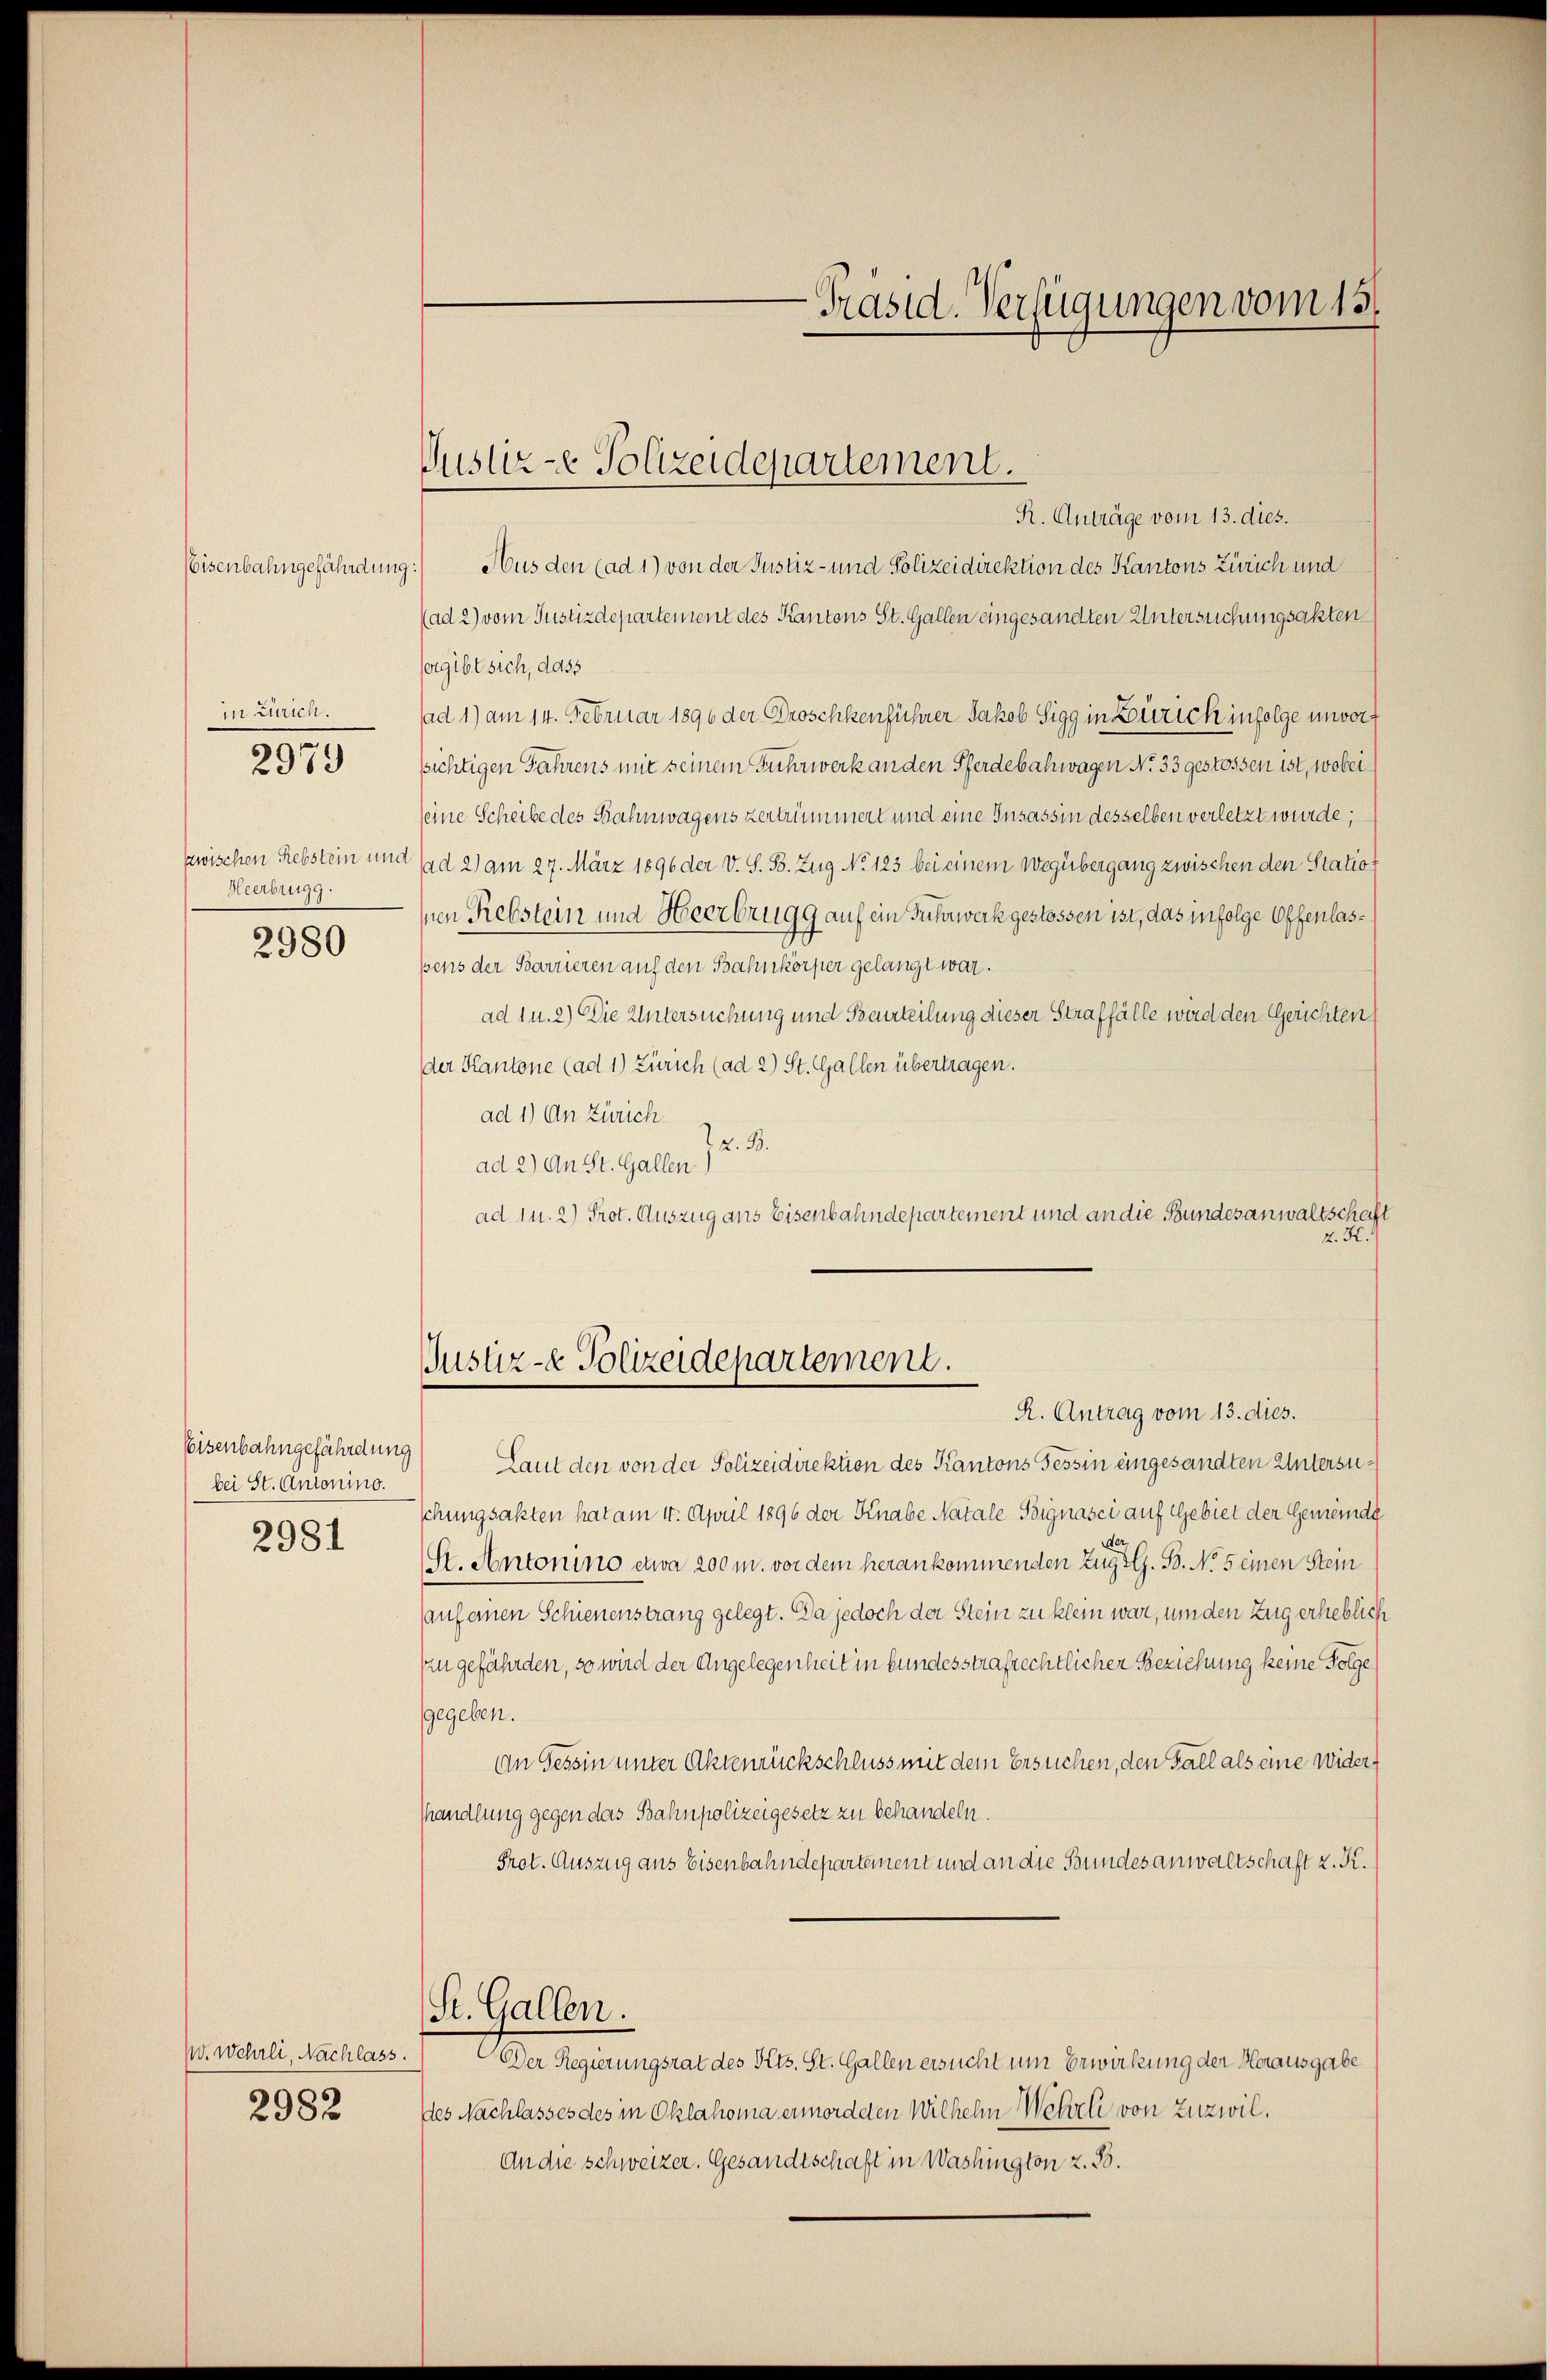
Eisenbahngefährdung
in Zürich.
2979
zwischen Rebstein und
Heerbungg.

2980

Eisenbahngefährdung
bei St. Antonino.
2981

W. wehrli, Nachlass.

2982

Pustere Polizeidepartement.

R. Anträge vom 13. dies.
Aus den (ad 1) von der Justiz- und Polizeidirektion des Kantons Zürich und
(ad 2) vom Justizdepartement des Kantons St. Gallen eingesandten Untersuchungsakten
ergibt sich, dass
ad 1) am 14. Februar 1896 der Groschkenführer Jakob Sigg in Zürich infolge unvorf
sichtigen Jahrens mit seinem Fuhrwerk an den Pferdebahwagen No 33 gestossen ist, wobei
seine Scheibe des Bahnwagens zertrümmert und eine Insassin desselben verletzt wurde;
sad 2) am 27. März 1896 der V. S. B. Zug No 123 bei einem Wegübergang zwischen den Statio
nen Rebstein und Heerbrugg auf ein Fuhrwerk gestossen ist, das infolge Offenlaspens der Barrieren auf den Bahnkörper gelangt war.
ad I u. 2) Die Untersuchung und Beurteilung dieser Straffälle wird den Gerichten
der Kantone (ad 1) Zürich (ad 2) St. Gallen übertragen.
ad 1.) An Zürich
2. B.
ad 2.) An St. Gallen)
ad in. 2) Prot. Auszug ans Eisenbahndepartement und an die Bundesanwaltschaft
z. K.
Justiz- & Polizeidepartement.
R. Antrag vom 13. dies.
Laut den von der Polizeidirektion des Kantons Tessin eingesandten Untersuschungsakten hat am 4. April 1896 der Knabe Natale Poignasci auf Gebiet der Gemeinde
Sr. Antonino etwa 200 m. vor dem herankommenden Zug z. B. No 5 einen Stein
(auf einen Schienenstrang gelegt. Da jedoch der Stein zu klein war, um den Zug erheblich
An gefährden, so wird der Angelegenheit in bundesstrafrechtlicher Beziehung keine Folge
gegeben.
An Tessin unter Aktenrückschluss mit dem Ersuchen, den Fall als eine widerhhandlung gegen das Bahnpolizeigesetz zu behandeln.
Prot. Auszug aus Eisenbahndepartement und an die Bundesanwaltschaft z. K.
St. Gallen.
Der Regierungsrat des Kts. St. Gallen ersucht um Erwirkung der Herausgabe
des Nachlasses des in Oklahoma ermordeten Wilhelm Wehrli von Zuzwil.
An die schweizer. Gesandtschaft in Washington z. B.

Präsid. Verfügungen vom 15.